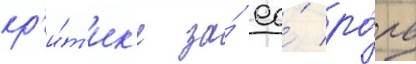
кр'и́т'ик'е за́ ео́ ро́ль